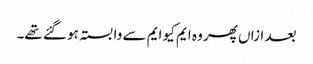
بعد ازاں پھر وہ ایم کیو ایم سے وابستہ ہو گئے تھے۔